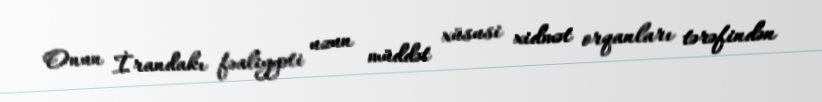
Onun İrandakı fəaliyyəti uzun müddət xüsusi xidmət orqanları tərəfindən